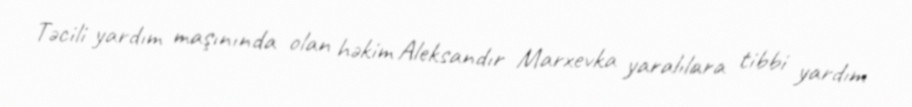
Təcili yardım maşınında olan həkim Aleksandır Marxevka yaralılara tibbi yardım